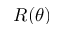
R ( \theta )